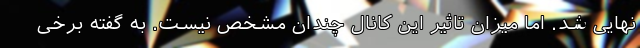
نهایی شد. اما میزان تاثیر این کانال چندان مشخص نیست. به گفته برخی